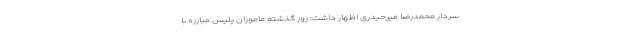
سردار محمدرضا میرحیدری اظهار داشت: روز گذشته ماموران پلیس مبارزه با